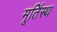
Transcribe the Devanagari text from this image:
मूर्तिस्थ